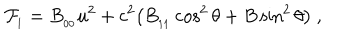
{ \cal F } _ { _ \mathrm { I } } = B _ { _ { 0 0 } } u ^ { 2 } + c ^ { 2 } \big ( B _ { _ { 1 1 } } \cos ^ { 2 } \theta + B \sin ^ { 2 } \theta \big ) \ ,